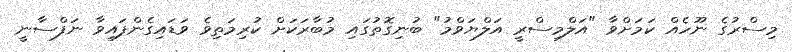
މިސްރުގެ ނޫހެއް ކަމަށްވާ "އަލްމިސްރީ އަލްޔަވްމު" ބުނިގޮތުގައި މުބާރަކަށް ކުރިމަތިވެ ވަޑައިގެންފައިވާ ނަފްސާނީ